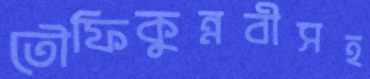
তৌফিকুন্নবীসহ